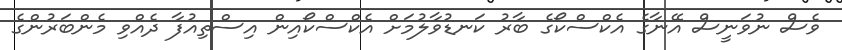
ވެސް ނުވަނީސް އޭނާގެ އެކްސްކޯގެ ބާރު ކަނޑުވާލުމަށް އެކްސްކޯއިން އިސްތިއުފާ ދެއްވި މެންބަރުންގެ